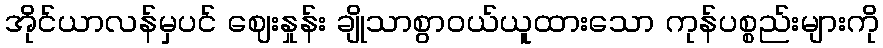
အိုင်ယာလန်မှပင် ဈေးနှုန်း ချိုသာစွာဝယ်ယူထားသော ကုန်ပစ္စည်းများကို